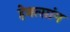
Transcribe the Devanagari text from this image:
हेनत्सांग